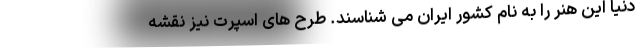
دنیا این هنر را به نام کشور ایران می شناسند. طرح های اسپرت نیز نقشه